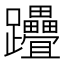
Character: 𨈈